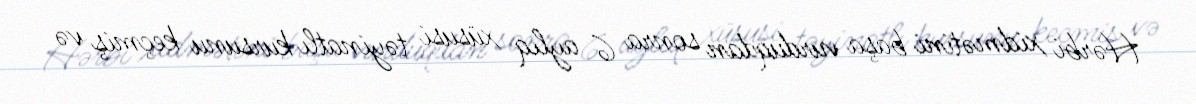
Hərbi xidmətini başa vurduqdan sonra 6 aylıq xüsusi təyinatlı kursunu keçmiş və